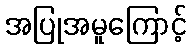
အပြုအမူကြောင့်